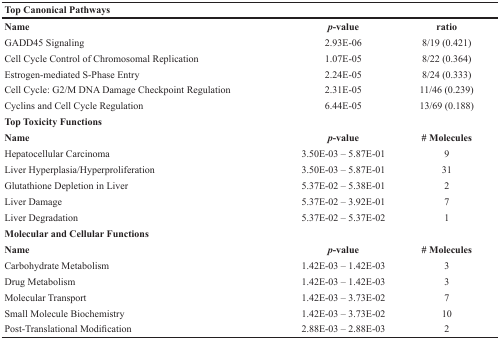
| Top Canonical Pathways |  |  |
 | --- | --- | --- |
 | Name | p-value | ratio |
 | GADD45 Signaling | 2.93E-06 | 8/19 (0.421) |
 | Cell Cycle Control of Chromosomal Replication | 1.07E-05 | 8/22 (0.364) |
 | Estrogen-mediated S-Phase Entry | 2.24E-05 | 8/24 (0.333) |
 | Cell Cycle: G2/M DNA Damage Checkpoint Regulation | 2.31E-05 | 11/46 (0.239) |
 | Cyclins and Cell Cycle Regulation | 6.44E-05 | 13/69 (0.188) |
 | Top Toxicity Functions |  |  |
 | Name | p-value | # Molecules |
 | Hepatocellular Carcinoma | 3.50E-03 – 5.87E-01 | 9 |
 | Liver Hyperplasia/Hyperproliferation | 3.50E-03 – 5.87E-01 | 31 |
 | Glutathione Depletion in Liver | 5.37E-02 – 5.38E-01 | 2 |
 | Liver Damage | 5.37E-02 – 3.92E-01 | 7 |
 | Liver Degradation | 5.37E-02 – 5.37E-02 | 1 |
 | Molecular and Cellular Functions |  |  |
 | Name | p-value | # Molecules |
 | Carbohydrate Metabolism | 1.42E-03 – 1.42E-03 | 3 |
 | Drug Metabolism | 1.42E-03 – 1.42E-03 | 3 |
 | Molecular Transport | 1.42E-03 – 3.73E-02 | 7 |
 | Small Molecule Biochemistry | 1.42E-03 – 3.73E-02 | 10 |
 | Post-Translational Modification | 2.88E-03 – 2.88E-03 | 2 |